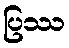
ပြဿ